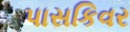
પાસકિવર